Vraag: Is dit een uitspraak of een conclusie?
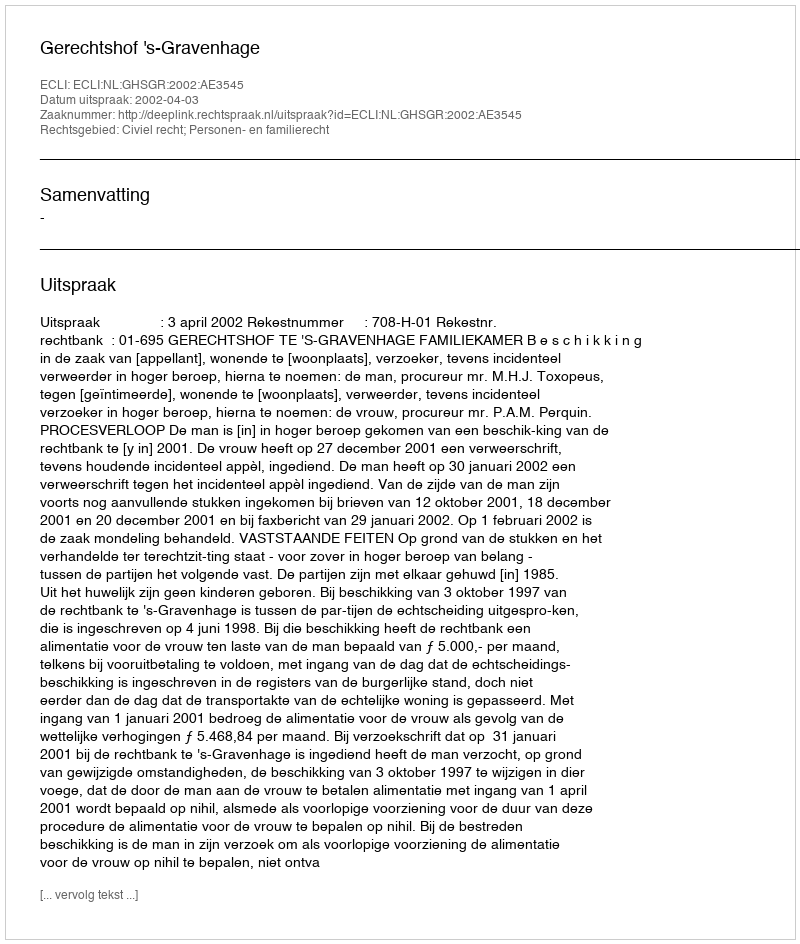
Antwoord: Uitspraak